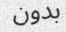
بدون